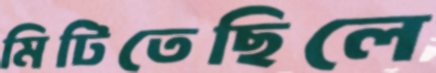
মিটিতেছিলে